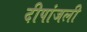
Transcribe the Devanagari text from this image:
दीपांजली